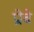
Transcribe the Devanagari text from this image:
प्रोबे